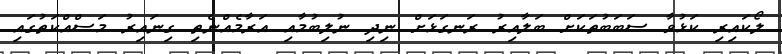
ލޯކައިރި ކަޅުވާ ސަބަބުތަކަށް ބަލާއިރު ރަނގަޅަށް ނިދި ނުލިބުމާއި އަރާމެއްނެތި ގިނައިރު މަސްއްކަތުގައި